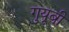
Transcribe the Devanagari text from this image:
गुयूबी